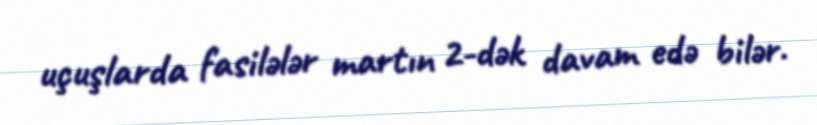
uçuşlarda fasilələr martın 2-dək davam edə bilər.